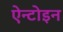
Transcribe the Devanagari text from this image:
ऐन्टोइन